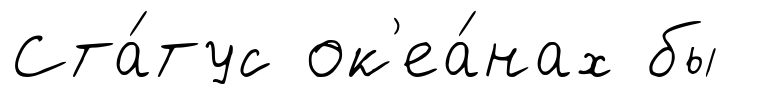
Ста́тус ок'еа́нах бы